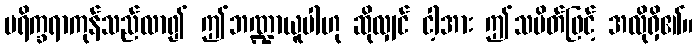
ပရိက္ခရာကုန်သည်လာ၍ ဤဘဏ္ဍာယူပါဟု ဆိုလျှင် ငါ့အား ဤသပိတ်ဖြင့် အလိုရှိ၏။